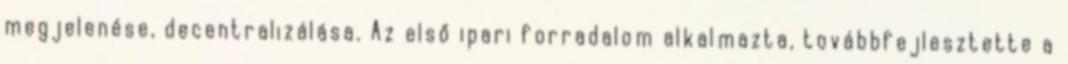
megjelenése, decentralizálása. Az első ipari forradalom alkalmazta, továbbfejlesztette a